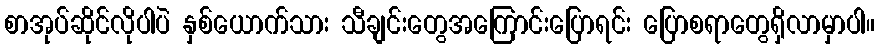
စာအုပ်ဆိုင်လိုပါပဲ နှစ်ယောက်သား သီချင်းတွေအကြောင်းပြောရင်း ပြောစရာတွေရှိလာမှာပါ။